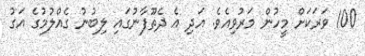
100 ވަރަކަށް މީހުން މަރުވިއެވެ. އަދި އެ ދެތޫފާނުގައި ލިބުނު ގެއްލުމުގެ އަގު